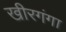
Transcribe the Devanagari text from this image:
खीरगंगा